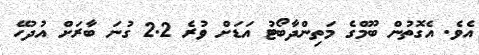
އެވެ. އެގޮތުން ބޫމްގެ މަތިންދާބޯޓު އަޑަށް ވުރެ 2.2 ގުނަ ބާރަށް އުދުހޭ